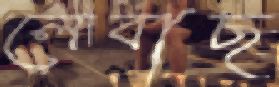
লেবাছ